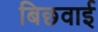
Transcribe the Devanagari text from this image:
बिछवाई